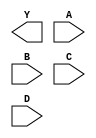
/**
 * Copyright 2020 The SkyWater PDK Authors
 *
 * Licensed under the Apache License, Version 2.0 (the "License");
 * you may not use this file except in compliance with the License.
 * You may obtain a copy of the License at
 *
 *     https://www.apache.org/licenses/LICENSE-2.0
 *
 * Unless required by applicable law or agreed to in writing, software
 * distributed under the License is distributed on an "AS IS" BASIS,
 * WITHOUT WARRANTIES OR CONDITIONS OF ANY KIND, either express or implied.
 * See the License for the specific language governing permissions and
 * limitations under the License.
 *
 * SPDX-License-Identifier: Apache-2.0
 */

`ifndef SKY130_FD_SC_HS__NOR4_BLACKBOX_V
`define SKY130_FD_SC_HS__NOR4_BLACKBOX_V

/**
 * nor4: 4-input NOR.
 *
 *       Y = !(A | B | C | D)
 *
 * Verilog stub definition (black box without power pins).
 *
 * WARNING: This file is autogenerated, do not modify directly!
 */

`timescale 1ns / 1ps
`default_nettype none

(* blackbox *)
module sky130_fd_sc_hs__nor4 (
    Y,
    A,
    B,
    C,
    D
);

    output Y;
    input  A;
    input  B;
    input  C;
    input  D;

    // Voltage supply signals
    supply1 VPWR;
    supply0 VGND;

endmodule

`default_nettype wire
`endif  // SKY130_FD_SC_HS__NOR4_BLACKBOX_V